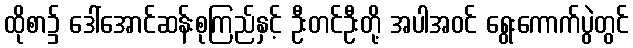
ထိုစာ၌ ဒေါ်အောင်ဆန်းစုကြည်နှင့် ဦးတင်ဦးတို့ အပါအဝင် ရွေးကောက်ပွဲတွင်